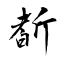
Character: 斱